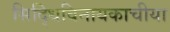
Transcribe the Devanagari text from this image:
सिद्धिविनायकाचीया